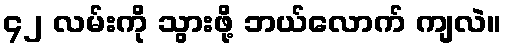
၄၂ လမ်းကို သွားဖို့ ဘယ်လောက် ကျလဲ။